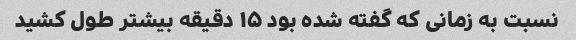
نسبت به زمانی که گفته شده بود ۱۵ دقیقه بیشتر طول کشید